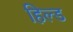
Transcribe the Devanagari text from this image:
हिल्ड